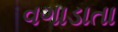
વગાડાતા